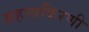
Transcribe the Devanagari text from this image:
सहस्त्रकिरणी